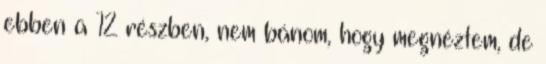
ebben a 12 részben, nem bánom, hogy megnéztem, de